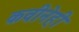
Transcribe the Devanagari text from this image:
कवीनेही